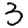
Digit: 3